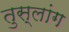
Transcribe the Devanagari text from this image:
तुस्‍लांग